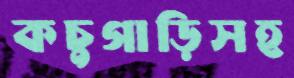
কচুগাড়িসহ